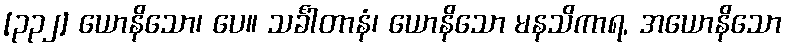
[၃၃၂] ယောနိသော၊ ပေ။ သင်္ခါတာနံ၊ ယောနိသော မနသိကာရ, အယောနိသော